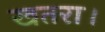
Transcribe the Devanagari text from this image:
खतरा।